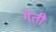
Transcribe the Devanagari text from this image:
गेती